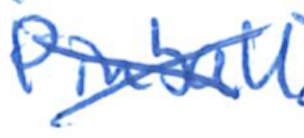
Text: Pinball
Cross-out: cross
Writing tool: ballpoint